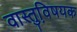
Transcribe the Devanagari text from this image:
वास्तुवि़षयक